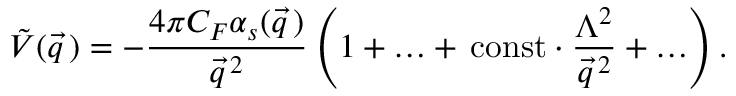
\tilde { V } ( \vec { q } \, ) = - \frac { 4 \pi C _ { F } \alpha _ { s } ( \vec { q } \, ) } { \vec { q } ^ { \, 2 } } \left( 1 + \ldots + \, \mathrm { c o n s t } \cdot \frac { \Lambda ^ { 2 } } { \vec { q } ^ { \, 2 } } + \ldots \right) .